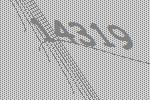
14319